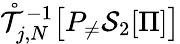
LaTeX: \mathring{\mathcal{T}}_{j,N}^{-1}\big[P_{\neq}\mathcal{S}_{2}[\Pi]\big]